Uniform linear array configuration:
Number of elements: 64
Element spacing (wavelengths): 0.5
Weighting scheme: cosine
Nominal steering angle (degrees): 30
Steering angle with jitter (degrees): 29.729
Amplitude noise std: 0.05
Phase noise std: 0.05

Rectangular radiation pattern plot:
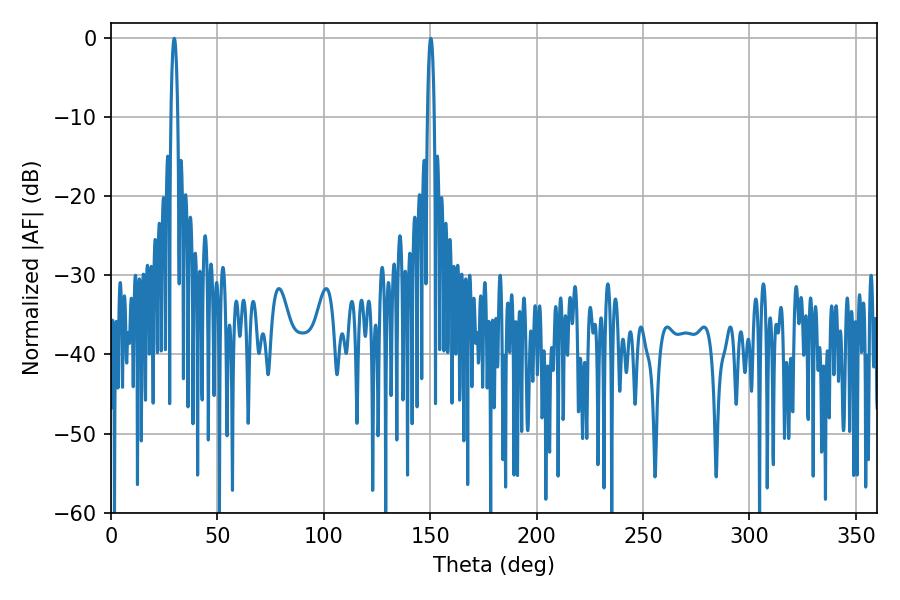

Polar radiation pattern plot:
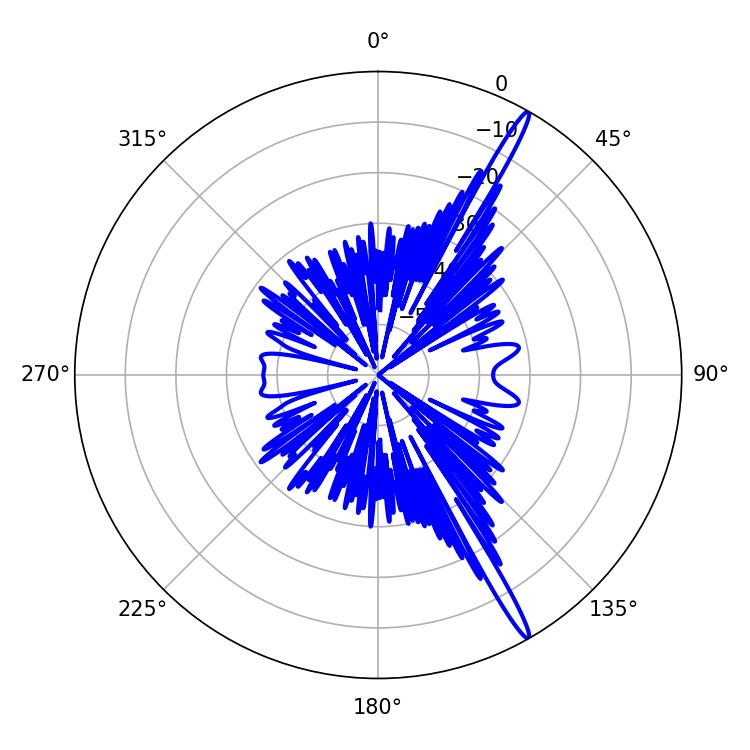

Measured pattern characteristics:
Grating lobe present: FALSE
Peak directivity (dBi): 17.446
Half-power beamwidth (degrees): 1.8
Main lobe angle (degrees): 29.7